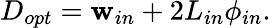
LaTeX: D_{opt}=\mathbf{w}_{in}+2L_{in}\phi_{in}.